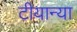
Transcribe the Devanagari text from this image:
टीयान्या